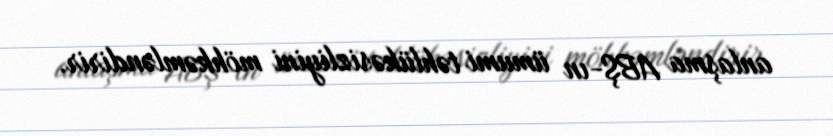
anlaşma ABŞ-ın ümumi təhlükəsizliyini möhkəmləndirir.